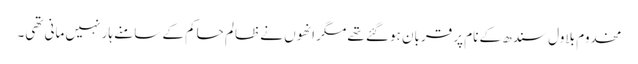
مخدوم بلاول سندھ کے نام پر قربان ہوگئے تھے مگر انھوں نے ظالم حاکم کے سامنے ہار نہیں مانی تھی۔